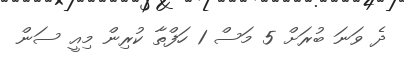
ދެ ވަނަ ބުރަށް 5 މަސް 1 ހަފްތާ ކުރިން މިއީ ސަން